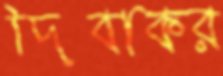
দিবাকর